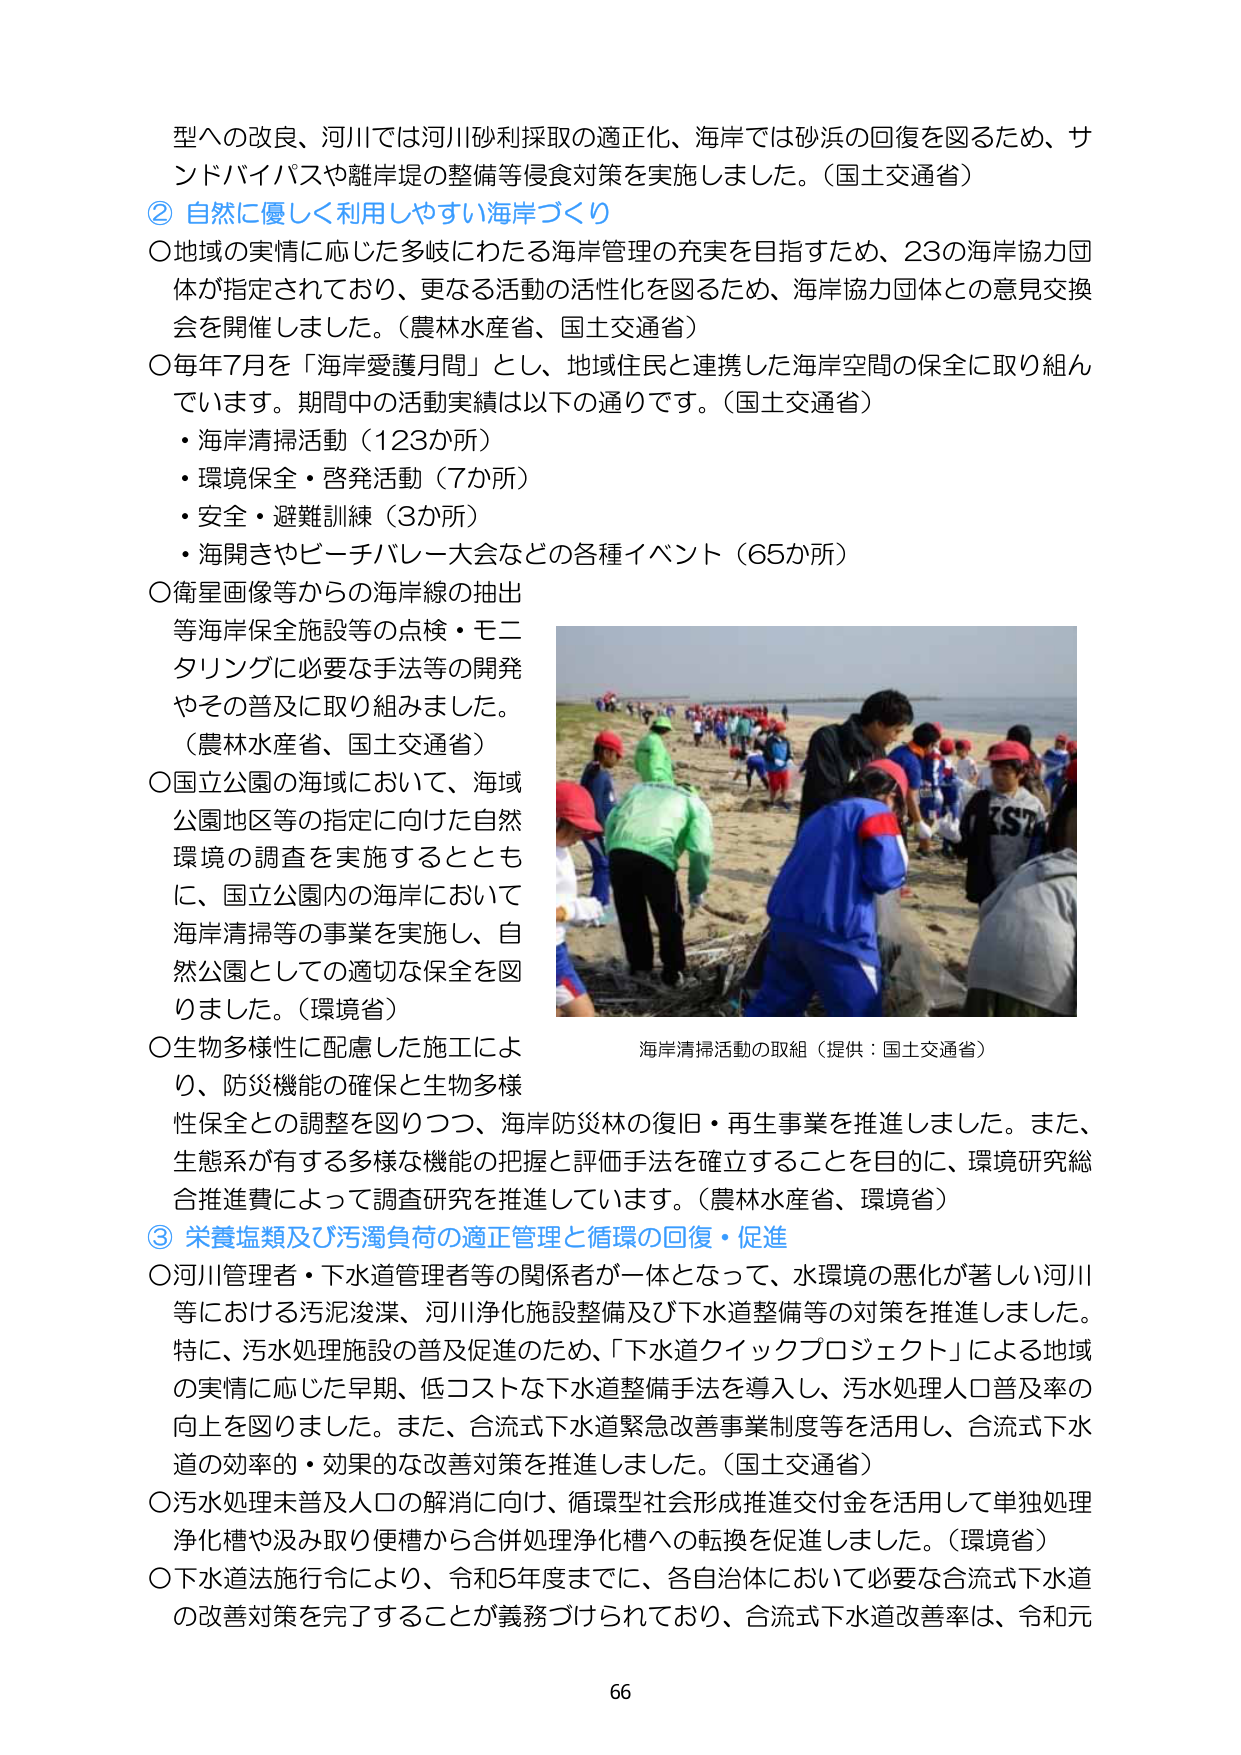
型への改良、河川では河川砂利採取の適正化、海岸では砂浜の回復を図るため、サ
ンドバイパスや離岸堤の整備等侵食対策を実施しました。（国土交通省）
② 自然に優しく利用しやすい海岸づくり
〇地域の実情に応じた多岐にわたる海岸管理の充実を目指すため、23の海岸協力団
体が指定されており、更なる活動の活性化を図るため、海岸協力団体との意見交換
会を開催しました。（農林水産省、国土交通省）
〇毎年7月を「海岸愛護月間」とし、地域住民と連携した海岸空間の保全に取り組ん
でいます。期間中の活動実績は以下の通りです。（国土交通省）
・海岸清掃活動（123か所）
・環境保全・啓発活動（7か所）
・安全・避難訓練（3か所）
・海開きやビーチバレー大会などの各種イベント（65か所）
〇衛星画像等からの海岸線の抽出
等海岸保全施設等の点検・モニ
タリングに必要な手法等の開発
やその普及に取り組みました。
（農林水産省、国土交通省）
〇国立公園の海域において、海域
公園地区等の指定に向けた自然
環境の調査を実施するととも
に、国立公園内の海岸において
海岸清掃等の事業を実施し、自
然公園としての適切な保全を図
りました。（環境省）
〇生物多様性に配慮した施工によ
り、防災機能の確保と生物多様
性保全との調整を図りつつ、海岸防災林の復旧・再生事業を推進しました。また、
生態系が有する多様な機能の把握と評価手法を確立することを目的に、環境研究総
合推進費によって調査研究を推進しています。（農林水産省、環境省）
③ 栄養塩類及び汚濁負荷の適正管理と循環の回復・促進
〇河川管理者・下水道管理者等の関係者が一体となって、水環境の悪化が著しい河川
等における汚泥浚渫、河川浄化施設整備及び下水道整備等の対策を推進しました。
特に、汚水処理施設の普及促進のため、「下水道クイックプロジェクト」による地域
の実情に応じた早期、低コストな下水道整備手法を導入し、汚水処理人口普及率の
向上を図りました。また、合流式下水道緊急改善事業制度等を活用し、合流式下水
道の効率的・効果的な改善対策を推進しました。（国土交通省）
〇汚水処理未普及人口の解消に向け、循環型社会形成推進交付金を活用して単独処理
浄化槽や汲み取り便槽から合併処理浄化槽への転換を促進しました。（環境省）
〇下水道法施行令により、令和5年度までに、各自治体において必要な合流式下水道
の改善対策を完了することが義務づけられており、合流式下水道改善率は、令和元
海岸清掃活動の取組（提供：国土交通省）
66